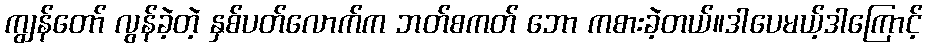
ကျွန်တော် လွန်ခဲ့တဲ့ နှစ်ပတ်လောက်က ဘတ်စကတ် ဘော ကစားခဲ့တယ်။ဒါပေမယ့်ဒါကြောင့်